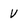
Character: V